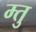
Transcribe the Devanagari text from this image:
म्तु